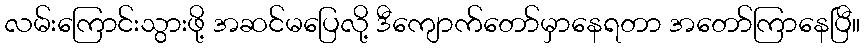
လမ်းကြောင်းသွားဖို့ အဆင်မပြေလို့ ဒီကျောက်တော်မှာနေရတာ အတော်ကြာနေပြီ။